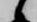
候